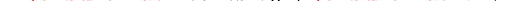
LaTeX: \smash{-\ensuremath{\mathrm{\ textsl{v}}_{0}}^{2}/\ensuremath{\mathcal{D}_{\perp}}}